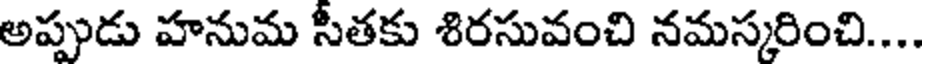
అప్పుడు హనుమ సీతకు శిరసువంచి నమస్కరించి....